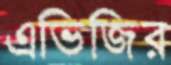
এভিজির